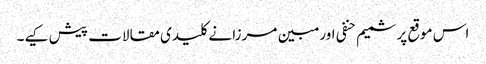
اس موقع پر شمیم حنفی اور مبین مرزا نے کلیدی مقالات پیش کیے۔